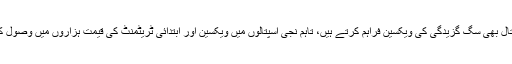
چند نجی اسپتال بھی سگ گزیدگی کی ویکسین فراہم کرتے ہیں، تاہم نجی اسپتالوں میں ویکسین اور ابتدائی ٹریٹمنٹ کی قیمت ہزاروں میں وصول کی جاتی ہے۔